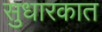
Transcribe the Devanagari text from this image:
सुधारकात